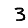
Digit: 3